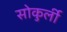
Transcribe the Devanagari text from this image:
सोकुर्ली